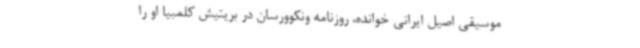
موسیقی اصیل ایرانی خوانده، روزنامه ونکوورسان در بریتیش کلمبیا او را